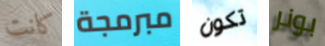
كانت مبرمجة تكون بونر